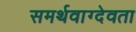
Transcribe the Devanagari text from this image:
समर्थवाग्देवता